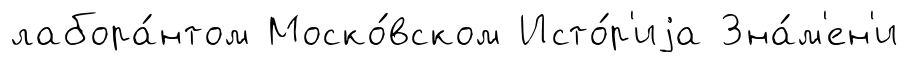
лабора́нтом Моско́вском Исто́р'иjа Зна́м'ен'и